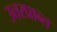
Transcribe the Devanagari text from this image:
उत्तरप्रान्त